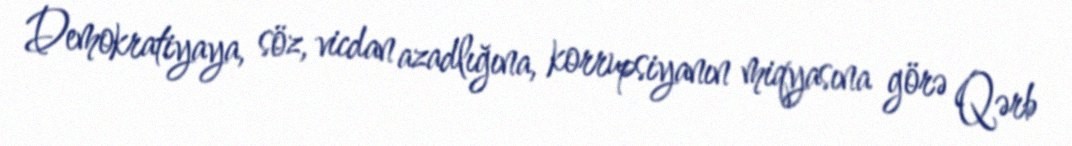
Demokratiyaya, söz, vicdan azadlığına, korrupsiyanın miqyasına görə Qərb